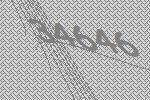
34646